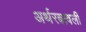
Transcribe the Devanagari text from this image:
अर्थरत्नावली